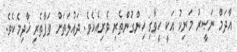
އާދަމް ނަޞީރު މަނިކު އަކީ ހީވާގި ހިންގުންތެރި ވެރިއެކެވެ. ދައުލަތަށް ވަފާތެރި ޚާދިމެކެވެ.